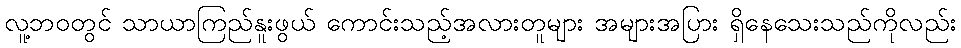
လူ့ဘဝတွင် သာယာကြည်နူးဖွယ် ကောင်းသည့်အလားတူများ အများအပြား ရှိနေသေးသည်ကိုလည်း